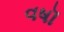
વષૉ